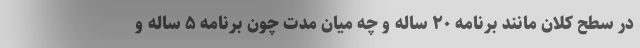
در سطح کلان مانند برنامه ۲۰ ساله و چه میان مدت چون برنامه ۵ ساله و